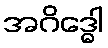
အဂိဒ္ဓေါ